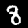
Label: 8